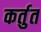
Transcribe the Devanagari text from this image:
कर्तुत